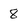
Character: 8